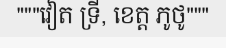
"""វៀត ទ្រី, ខេត្ត ភូថូ"""